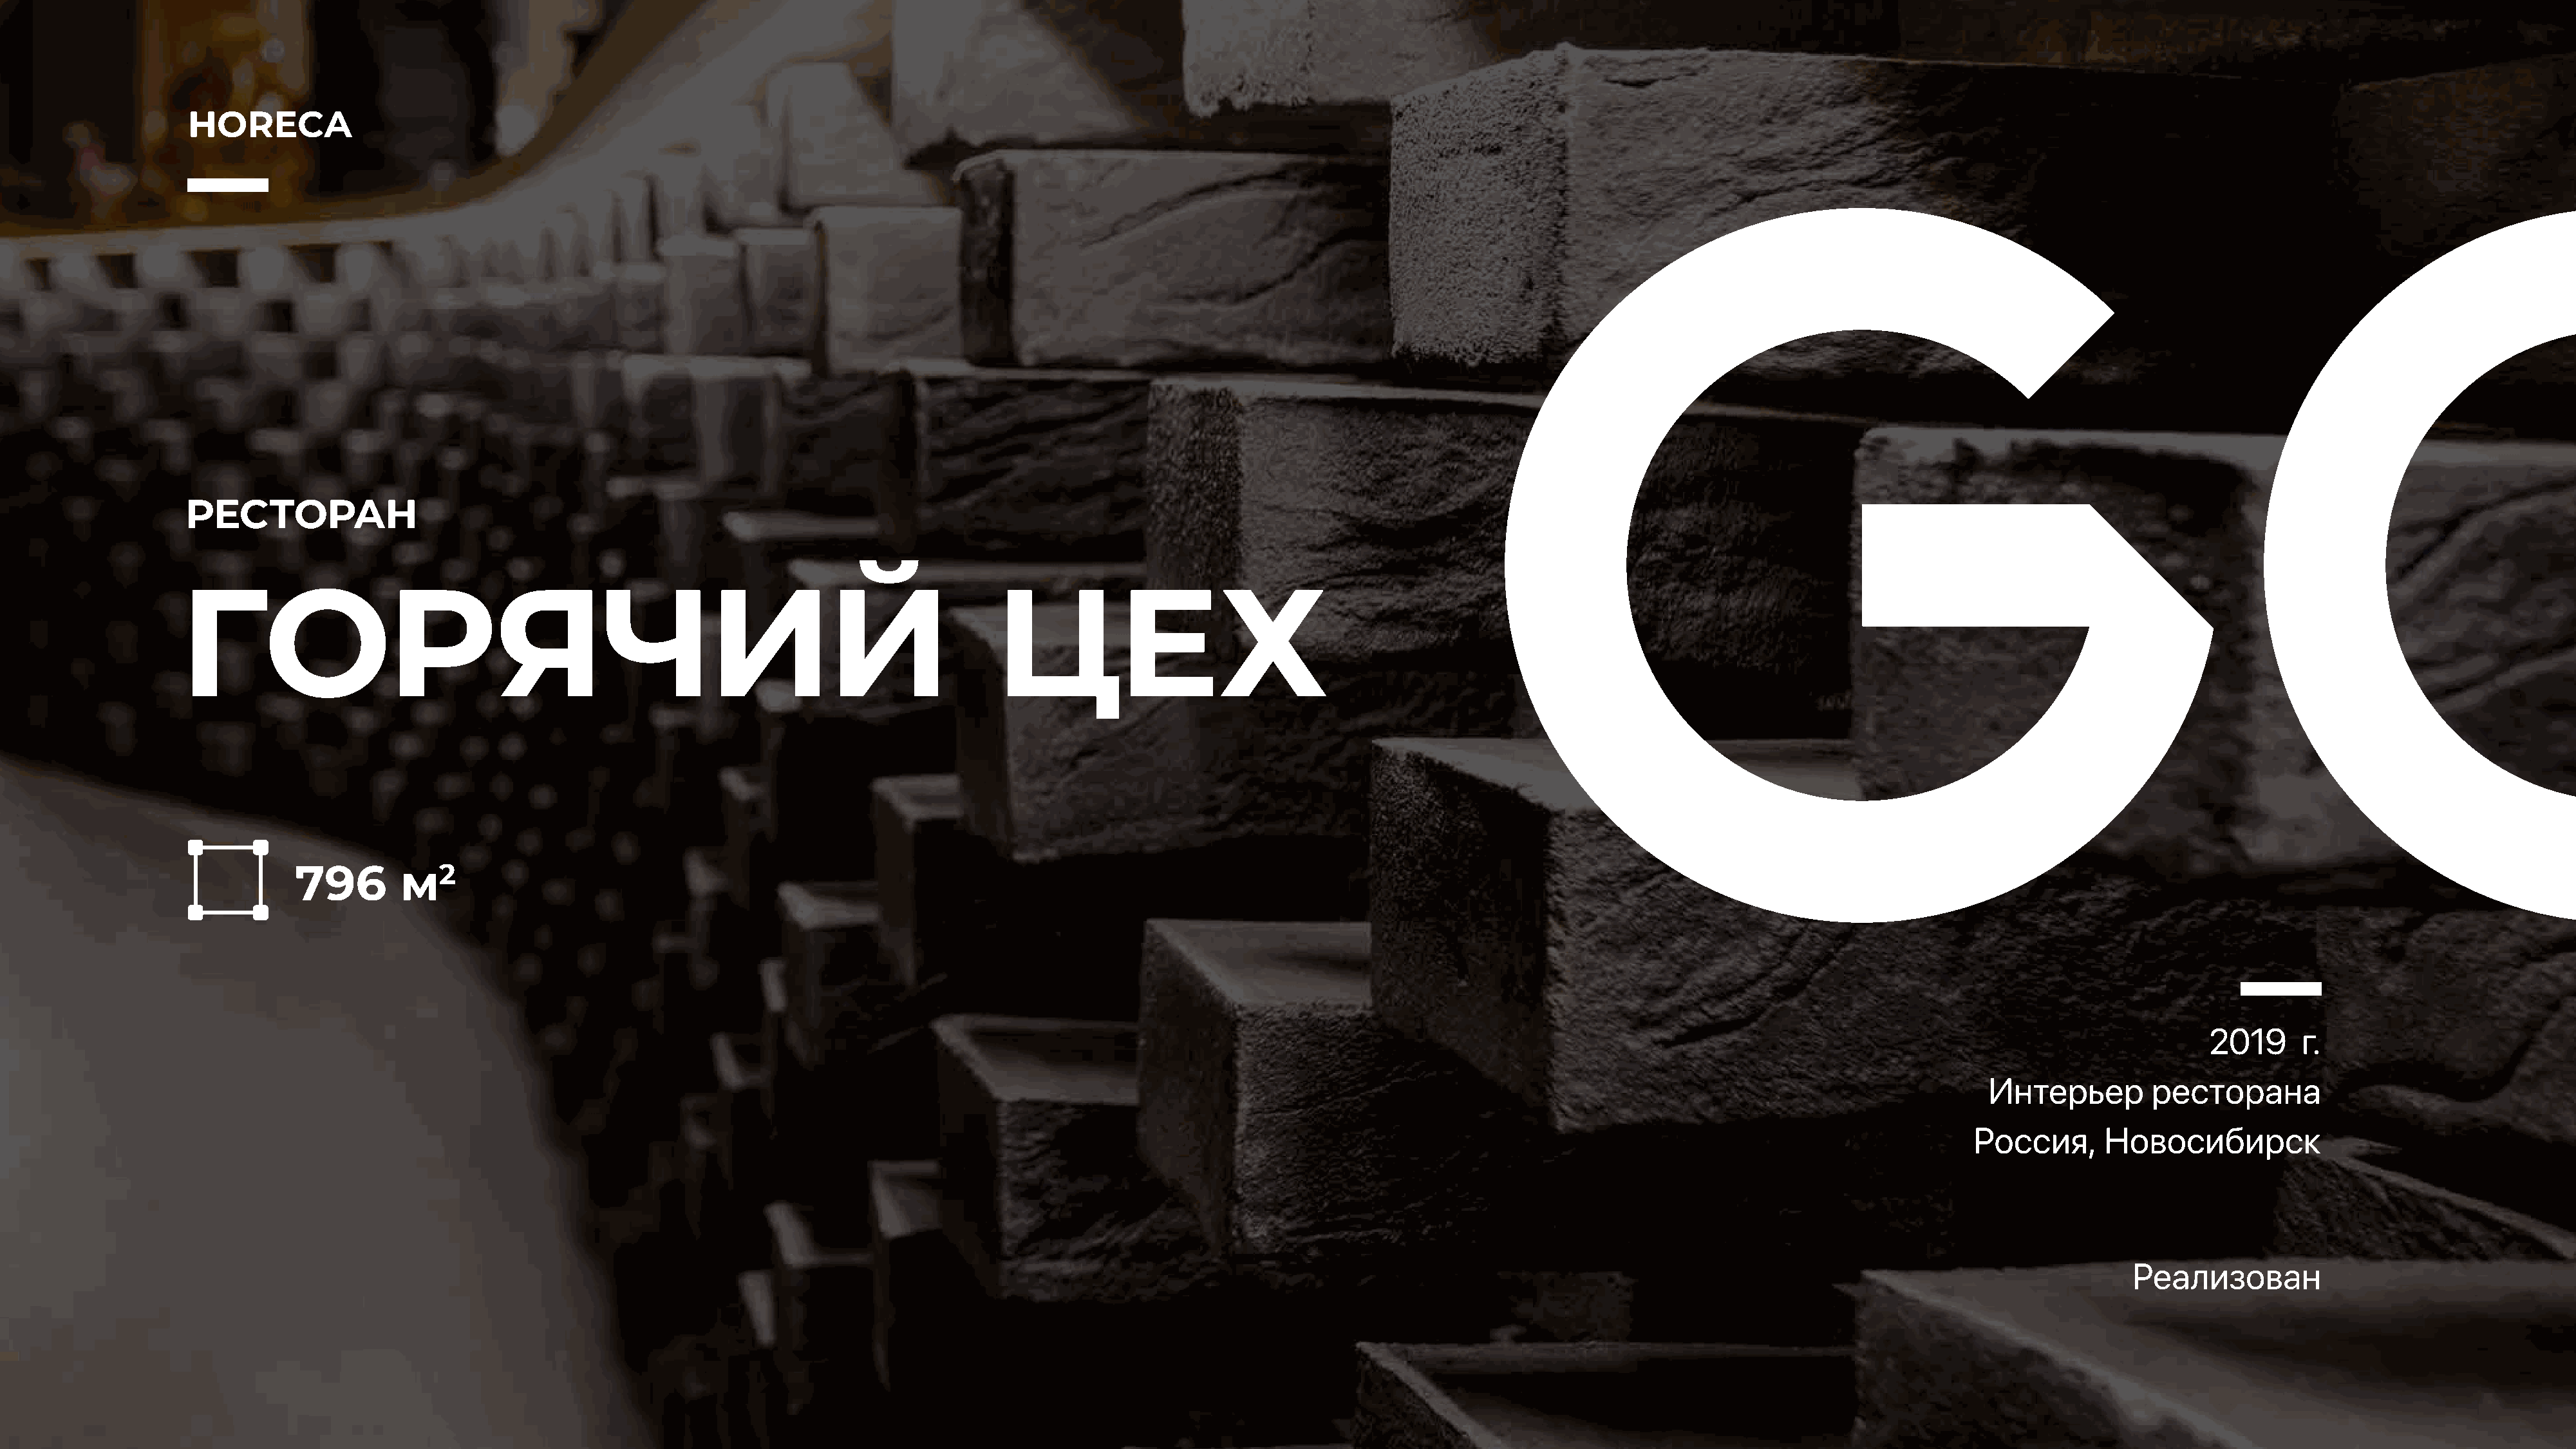
HORECA
 РЕСТОРАН
 ГОРЯЧИЙ                                                                             ЦЕХ
 796        м2
 2019      г.
 Интерьер         ресторана
 Россия,      Новосибирск
 Реализован